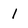
Character: 1